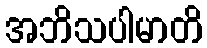
အဘိသပါမာတိ